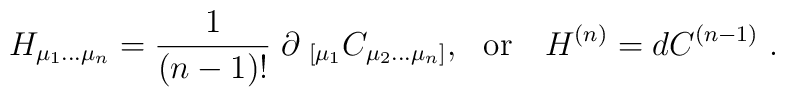
H_{\mu_1...\mu_n} ={1\over (n-1)!}\; \partial_{\ [ \mu_1} C_{\mu_2...\mu_n]}  ,\ \ {\rm or}\ \ \  H^{(n)} = d C^{(n-1)} \ .